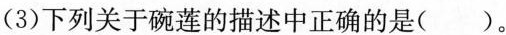
(3)下列关于碗莲的描述中正确的是( )。